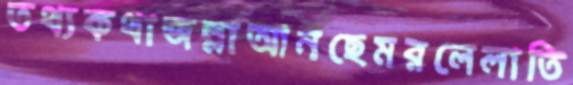
তথ্যকথাজল্লাআনছেমরলেলাতি